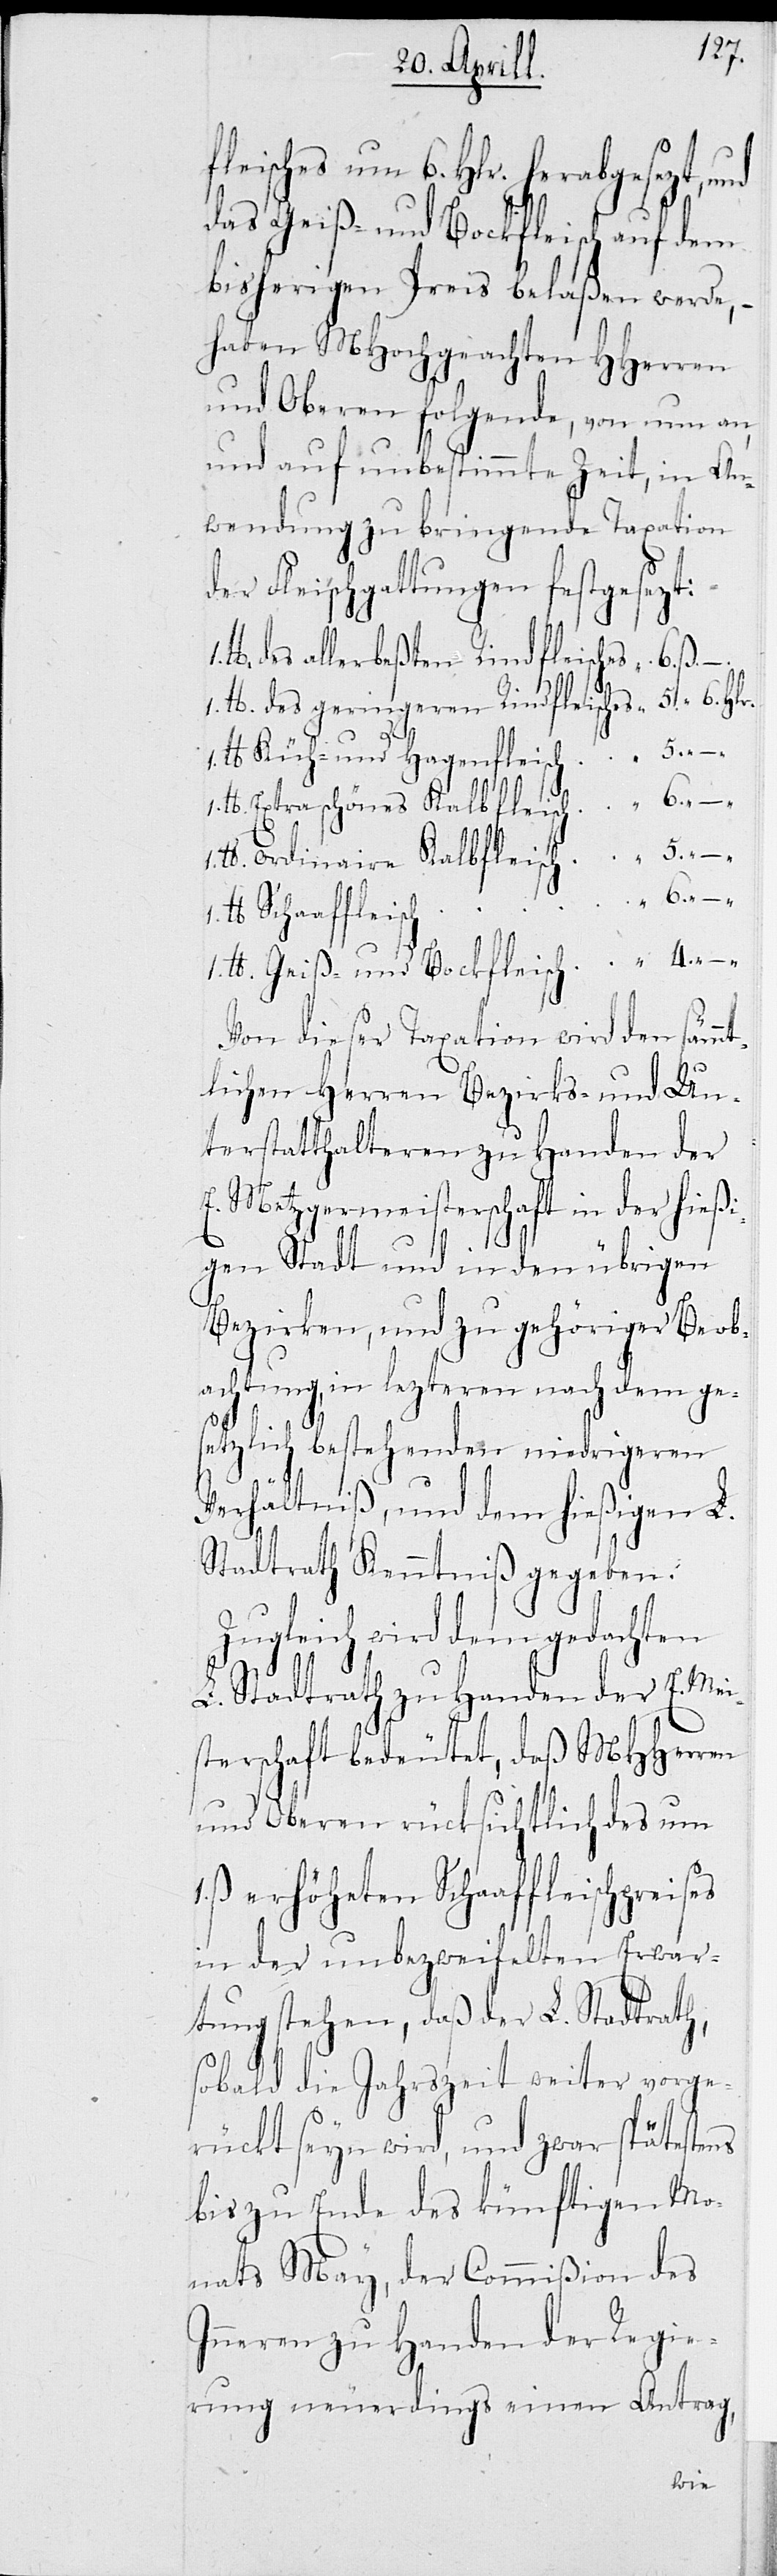
fleisches um 6. Hlr. herabgesetzt,
das Geiß- und Bockfleisch auf dem
bisherigen Preis belaßen werde, –
haben MHochgeachten HHerren
und Oberen folgende, von nun an,
und auf unbestimmte Zeit, in An¬
wendung zu bringende Taxation
Fleischgattungen festgesetzt:
lb das allerbesten Rindfleisches 6.
1. lb des geringeren Rindfleisches 5. ß 6.
lb Küh- und Hagenfleisch 5. ß.
1. lb Extraschönes Kalbfleisch 6. ß.
lb ordinaire Kalbfleisch 5. ß.
lb Schaaffleisch
1. lb Geiß- und Bockfleisch 4.
Von dieser Taxation wird den sämmt¬
lichen Herren Bezirks- und Un¬
terstatthalteren zu Handen der
E. Metzgermeisterschaft in der hießi¬
gen Stadt und in den übrigen
Bezirken, und zu gehöriger Beob¬
achtung, in lezteren nach dem ge¬
setzlich bestehenden niedrigeren
Verhältniß, und dem hießigen L.
Stadtrath Kenntniß gegeben.
Zugleich wird dem gedachten
L. Stadtrath zu Handen der E. Mei¬
sterschaft bedeutet, daß MHHerren
und Oberen rücksichtlich des um
in der unbezweifelten Erwar¬
tung stehen, daß der L. Stadtrath,
sobald die Jahreszeit weiter vorge¬
rückt seyn wird, und zwar spätestens
bis zu Ende des künftigen Mo¬
nats May, der Commißion des
Inneren zu Handen der Regie¬
rung neuerdings einen Antrag,